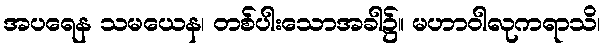
အပရေန သမယေန၊ တစ်ပါးသောအခါ၌။ မဟာဝါလုကရာသိ၊